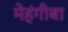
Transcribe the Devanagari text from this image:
मेहंगीबा